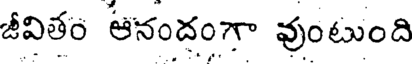
జీవితం ఆనందంగా వుంటుంది